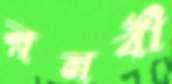
রনবী